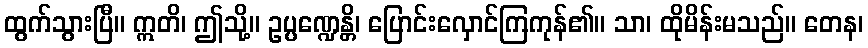
ထွက်သွားပြီ။ ဣတိ၊ ဤသို့။ ဥပ္ပဏ္ဍေန္တိ၊ ပြောင်းလှောင်ကြကုန်၏။ သာ၊ ထိုမိန်းမသည်။ တေန၊